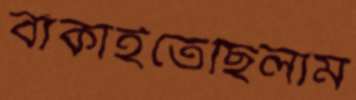
বাঁকাইতেছিলাম